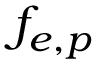
f _ { e , p }